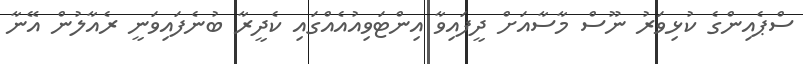
ސްޕެއިންގެ ކުޅިވަރު ނޫސް މާސާއަށް ދީފައިވާ އިންޓަވިއުއެއްގައި ކެދީރާ ބުނެފައިވަނީ ރެއާލުން އޭނާ